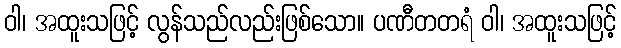
ဝါ၊ အထူးသဖြင့် လွန်သည်လည်းဖြစ်သော။ ပဏီတတရံ ဝါ၊ အထူးသဖြင့်